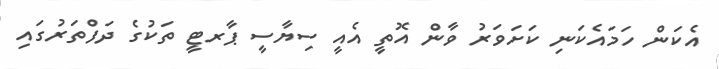
އެކަން ހަމައެކަނި ކަށަވަރު ވާން އޮތީ އެއީ ސިޔާސީ ޕާރޓީ ތަކުގެ ދަފްތަރުގައި